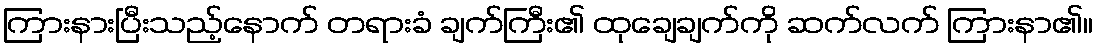
ကြားနားပြီးသည့်နောက် တရားခံ ချက်ကြီး၏ ထုချေချက်ကို ဆက်လက် ကြားနာ၏။